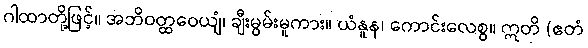
ဂါထာတို့ဖြင့်။ အဘိဝတ္ထဝေယျံ၊ ချီးမွမ်းမူကား။ ယံနူန၊ ကောင်းလေစွ။ ဣတိ (ဧတံ